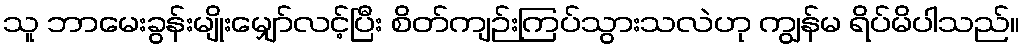
သူ ဘာမေးခွန်းမျိုးမျှော်လင့်ပြီး စိတ်ကျဉ်းကြပ်သွားသလဲဟု ကျွန်မ ရိပ်မိပါသည်။